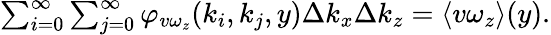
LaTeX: \begin{array}{r}{\sum_{i=0}^{\infty}\sum_{j=0}^{\infty}\varphi_{v\omega_{z}}(k_{i},k_{j},y)\Delta k_{x}\Delta k_{z}=\langle v\omega_{z}\rangle(y).}\end{array}